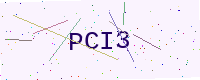
Text: PCI3